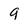
Character: 9